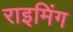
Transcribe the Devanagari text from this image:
राइमिंग